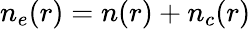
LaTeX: n_{e}(r)=n(r)+n_{c}(r)